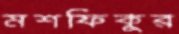
মশফিকুর